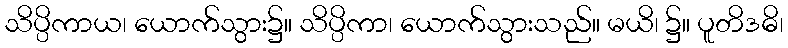
သိပ္ပိကာယ၊ ယောက်သွား၌။ သိပ္ပိကာ၊ ယောက်သွားသည်။ မယိ၊ ၌။ ပူတိဒဓိ၊